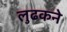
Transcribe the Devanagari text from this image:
लुढकने